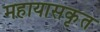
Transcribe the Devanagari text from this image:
महायासकृत